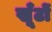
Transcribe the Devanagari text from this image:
खूँटों